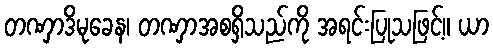
တဏှာဒိမုခေန၊ တဏှာအစရှိသည်ကို အရင်းပြုသဖြင့်။ ယာ